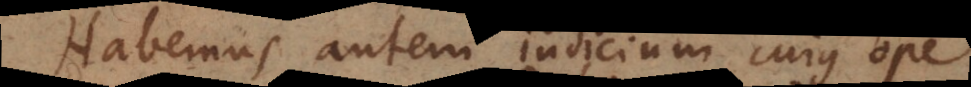
Habemus autem indicium cujus ope